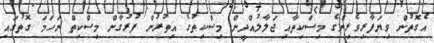
އެގޮތުން ވިޔަފާރިވެރިންގެ މިސްކިތާއި ޖަލާލުއްދީން މިސްކިތުގެ އިތުރުން ފުރުގާން މިސްކިތް ނަހަމަ ގޮތުގައި